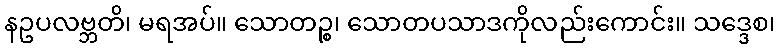
နဥပလဗ္ဘတိ၊ မရအပ်။ သောတဉ္စ၊ သောတပသာဒကိုလည်းကောင်း။ သဒ္ဒေစ၊